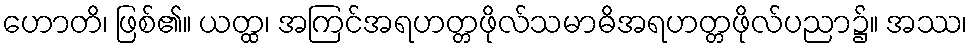
ဟောတိ၊ ဖြစ်၏။ ယတ္ထ၊ အကြင်အရဟတ္တဖိုလ်သမာဓိအရဟတ္တဖိုလ်ပညာ၌။ အဿ၊